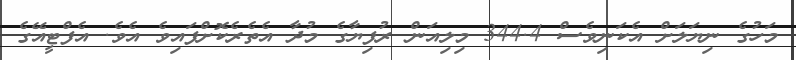
މަހުގެ ނިޔަލަށް އެކަނިވެސް 344.4 މިލިއަން ރުފިޔާގެ މުދާ އެތެރެކޮށްފައިވެ އެވެ. އެފްޓީއޭގެ